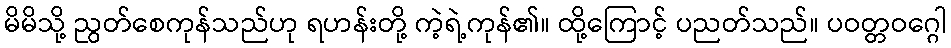
မိမိသို့ ညွတ်စေကုန်သည်ဟု ရဟန်းတို့ ကဲ့ရဲ့ကုန်၏။ ထို့ကြောင့် ပညတ်သည်။ ပဝတ္တဝဂ္ဂေါ